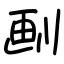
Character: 㓰